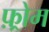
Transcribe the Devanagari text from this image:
फ़्रोम